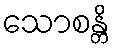
သောစန္တိ